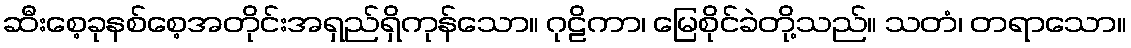
ဆီးစေ့ခုနစ်စေ့အတိုင်းအရှည်ရှိကုန်သော။ ဂုဠိကာ၊ မြေစိုင်ခဲတို့သည်။ သတံ၊ တရာသော။